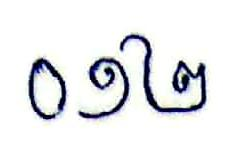
០១២